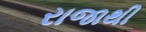
રાજાથી